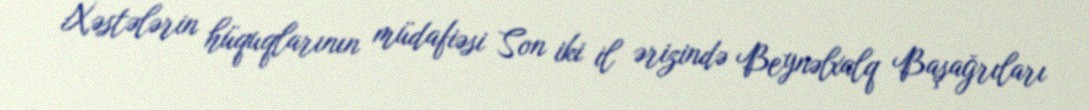
Xəstələrin hüquqlarının müdafiəsi Son iki il ərizində Beynəlxalq Başağrıları